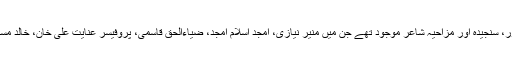
اس مشاعرے میں کئی نامور، سنجیدہ اور مزاحیہ شاعر موجود تھے جن میں منیر نیازی، امجد اسلام امجد، ضیاءالحق قاسمی، پروفیسر عنایت علی خان، خالد مسعود خان وغیرہ شامل تھے۔